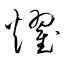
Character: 燿